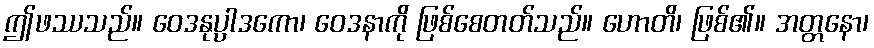
ဤဖဿသည်။ ဝေဒနုပ္ပာဒကော၊ ဝေဒနာကို ဖြစ်စေတတ်သည်။ ဟောတိ၊ ဖြစ်၏။ အတ္တနော၊